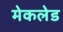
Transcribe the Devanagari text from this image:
मेकलेड